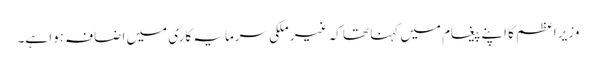
وزیراعظم کا اپنے پیغام میں کہنا تھا کہ غیر ملکی سرمایہ کاری میں اضافہ ہوا ہے۔